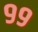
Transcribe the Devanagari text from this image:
९९